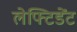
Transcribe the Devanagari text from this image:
लेफ्टिडेंट